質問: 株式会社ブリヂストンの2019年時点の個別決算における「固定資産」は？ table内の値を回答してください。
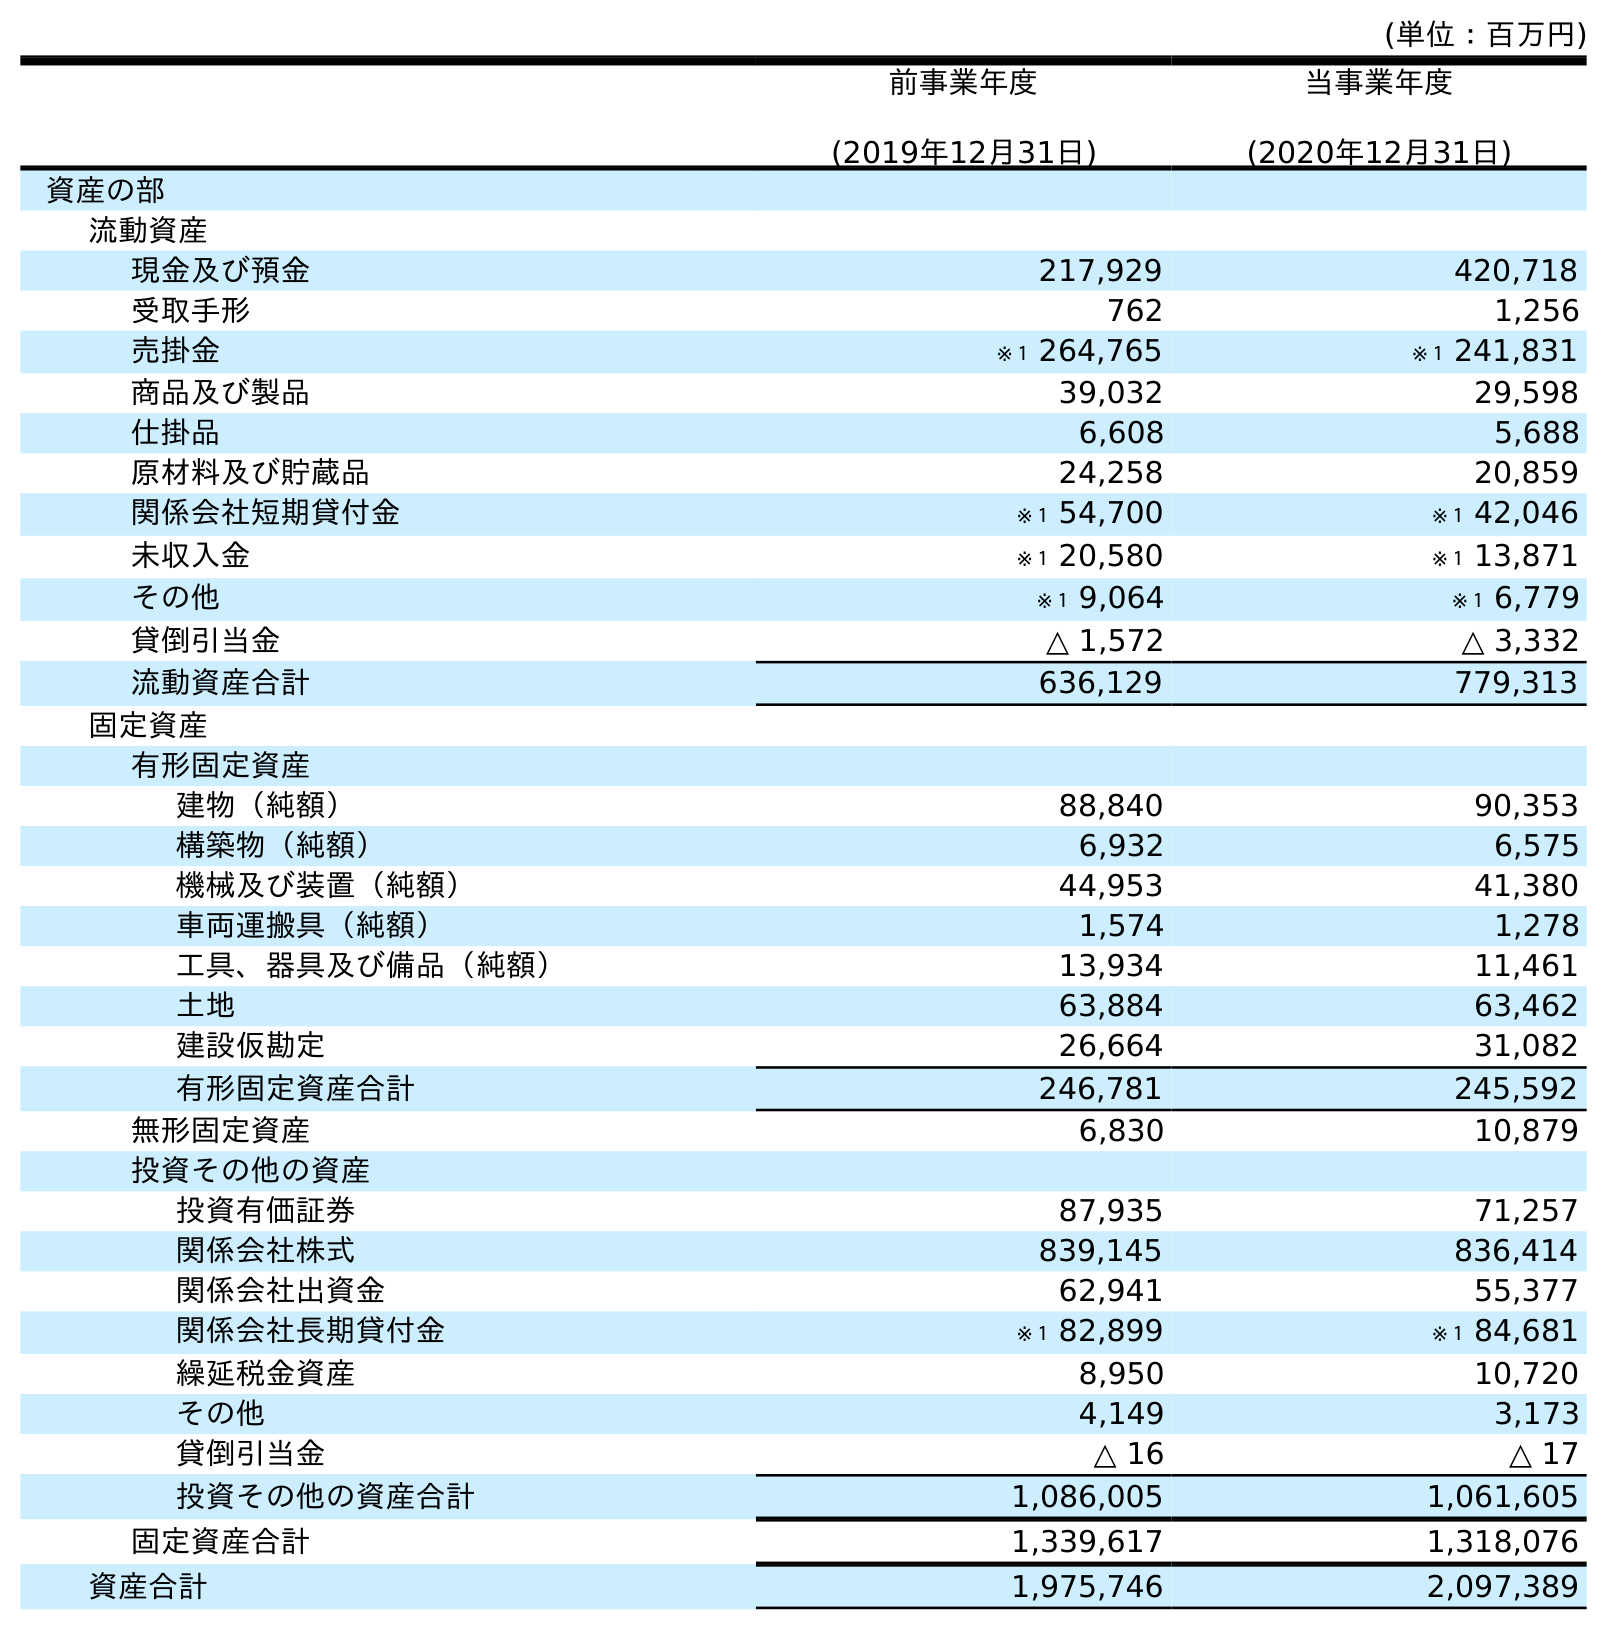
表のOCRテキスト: (単位：百万円) 前事業年度 (2019年12月31日) 当事業年度 (2020年12月31日) 資産の部 流動資産 現金及び預金 217,929 420,718 受取手形 762 1,256 売掛金 ※１ 264,765 ※１ 241,831 商品及び製品 39,032 29,598 仕掛品 6,608 5,688 原材料及び貯蔵品 24,258 20,859 関係会社短期貸付金 ※１ 54,700 ※１ 42,046 未収入金 ※１ 20,580 ※１ 13,871 その他 ※１ 9,064 ※１ 6,779 貸倒引当金 △ 1,572 △ 3,332 流動資産合計 636,129 779,313 固定資産 有形固定資産 建物（純額） 88,840 90,353 構築物（純額） 6,932 6,575 機械及び装置（純額） 44,953 41,380 車両運搬具（純額） 1,574 1,278 工具、器具及び備品（純額） 13,934 11,461 土地 63,884 63,462 建設仮勘定 26,664 31,082 有形固定資産合計 246,781 245,592 無形固定資産 6,830 10,879 投資その他の資産 投資有価証券 87,935 71,257 関係会社株式 839,145 836,414 関係会社出資金 62,941 55,377 関係会社長期貸付金 ※１ 82,899 ※１ 84,681 繰延税金資産 8,950 10,720 その他 4,149 3,173 貸倒引当金 △ 16 △ 17 投資その他の資産合計 1,086,005 1,061,605 固定資産合計 1,339,617 1,318,076 資産合計 1,975,746 2,097,389
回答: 1,339,617